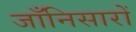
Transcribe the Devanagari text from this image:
जाँनिसारों